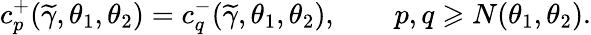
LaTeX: c_{p}^{+}(\widetilde{\gamma},\theta_{1},\theta_{2})=c_{q}^{-}(\widetilde{\gamma},\theta_{1},\theta_{2}),\qquad p,q\geqslant N(\theta_{1},\theta_{2}).